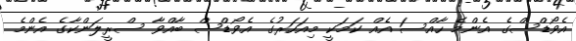
އެވޯޑްސްގެ އެންމެ ހާއްސަ އެއް ކަމަކީ މިއަހަރުގެ އެވޯޑްސް ބާއްވާ ސްރީލަންކާގެ އެންމެ